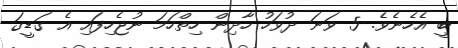
ބީ އެހެނެވެ. 5 ވަނަ ދުވަހު ހާދިން ހިތްހަމަ ނުޖެހިފައި އެ ގަޑީގަ